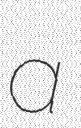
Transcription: a